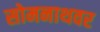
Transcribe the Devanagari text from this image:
सोमनाथवर